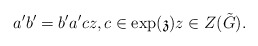
\begin{align*} a'b'=b'a'cz,c\in \exp(\mathfrak{z})z\in Z(\tilde{G}).\end{align*}